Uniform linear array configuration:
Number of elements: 32
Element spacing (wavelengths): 0.25
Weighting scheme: blackman
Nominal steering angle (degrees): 45
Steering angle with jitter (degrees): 43.72
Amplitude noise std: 0.05
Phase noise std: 0.05

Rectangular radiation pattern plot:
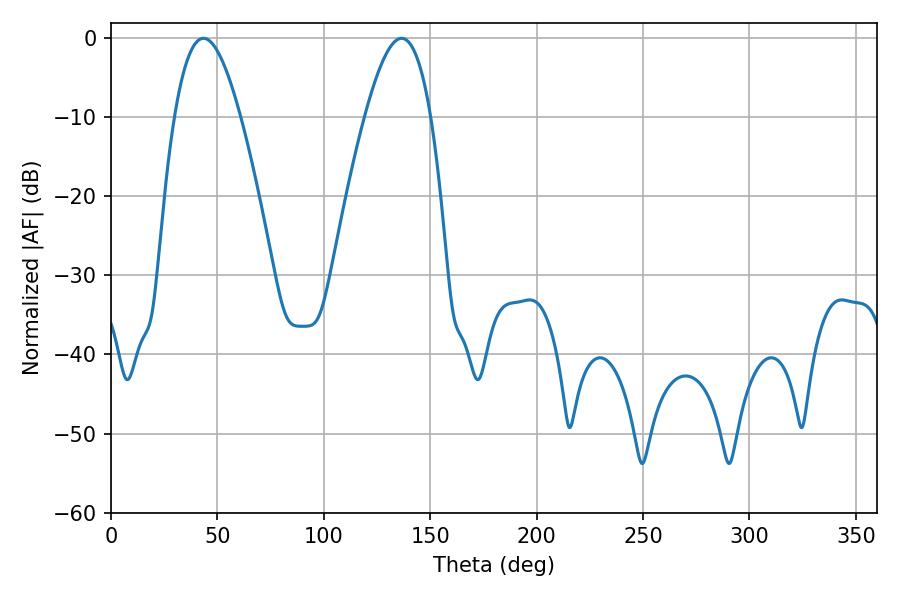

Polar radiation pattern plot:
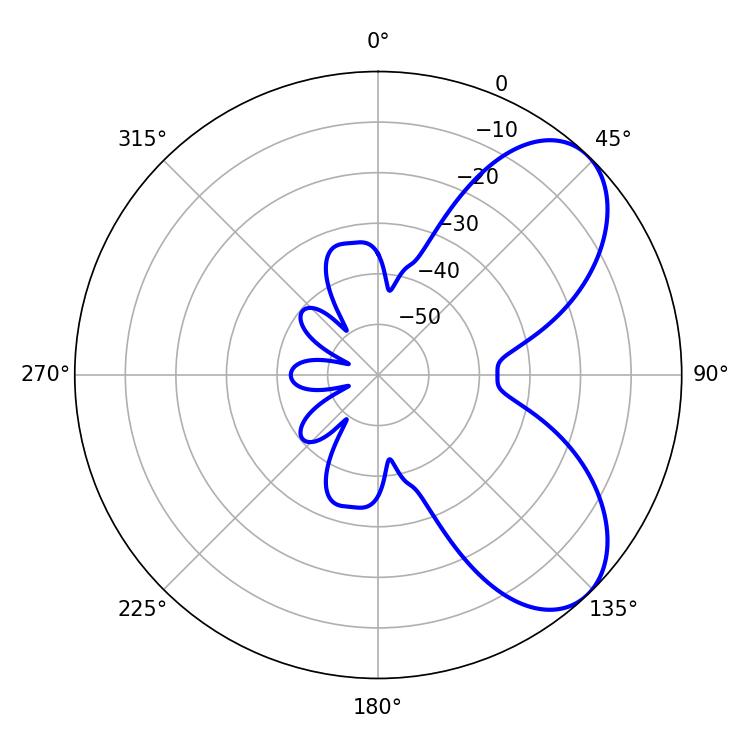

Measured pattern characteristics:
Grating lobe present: FALSE
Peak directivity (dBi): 6.548
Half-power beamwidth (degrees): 16.74
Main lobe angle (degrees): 43.38